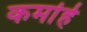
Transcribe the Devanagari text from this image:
कर्मार्ह